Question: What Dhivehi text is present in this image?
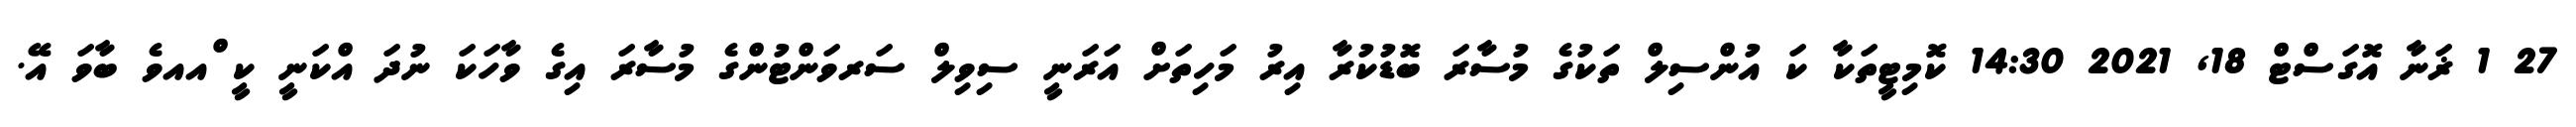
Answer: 27 1 ޜަނާ އޮގަސްޓް 18, 2021 14:30 ކޮމިޓީތަކާ ކަ އުންސިލް ތަކުގެ މުސާރަ ބޮޑުކުރާ އިރު މަހިތަށް އަރަނީ ސިވިލް ސަރވަންޓުންގެ މުސާރަ އިގެ ވާހަކަ ނުދަ އްކަނީ ކީ ްއއވެ ބާވަ އޭ.